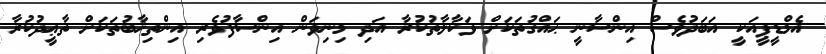
އެމްޑީޕީއަކީ އަބަދުވެސް އިންސާނީ ޙައްގުތަކަށް ވަކާލާތުކުރާ އަދި މިނިވަން އިންސާފުވެރި އިންތިޚާބުތަކަށް ތާޢީދުކުރާ